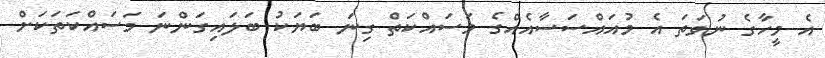
އެ މީހާގެ ނުވަތަ އެ މުއައްސަސާއެއްގެ މަސައްކަތް ގިނަ ބަޔަކު ބަލައިގަންނަ މަސައްކަތަކަށް